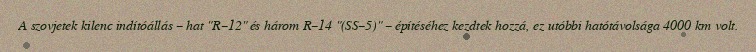
A szovjetek kilenc indítóállás – hat "R–12" és három R–14 "(SS–5)" – építéséhez kezdtek hozzá, ez utóbbi hatótávolsága 4000 km volt.